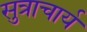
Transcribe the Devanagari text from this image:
सुत्राचार्य